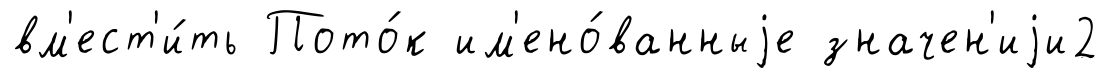
вм'ест'и́ть Пото́к им'ено́ванныjе значен'иjи2